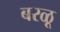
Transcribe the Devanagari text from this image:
बरळू